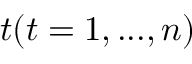
t ( t = 1 , . . . , n )